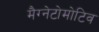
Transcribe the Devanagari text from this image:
मैग्नेटोमोटिव